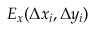
E _ { x } ( \Delta x _ { i } , \Delta y _ { i } )